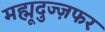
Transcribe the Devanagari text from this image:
मह्मूदुज्ज़फर